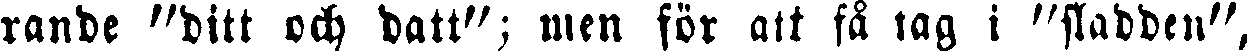
rande "ditt och datt"; men för att få tag i "sladden",